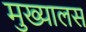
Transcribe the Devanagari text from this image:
मुख्यालस